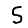
Digit: 5